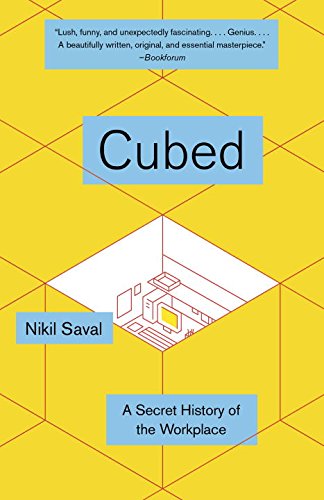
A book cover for Cubed: The Secret History of the Workplace; Nikil Saval; Business & Money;